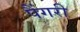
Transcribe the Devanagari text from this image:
पैंगरी